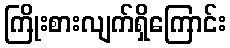
ကြိုးစားလျက်ရှိကြောင်း